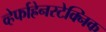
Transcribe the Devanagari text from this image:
व्हेर्फाह्रेनस्टेक्निक